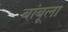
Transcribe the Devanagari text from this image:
बांबूला